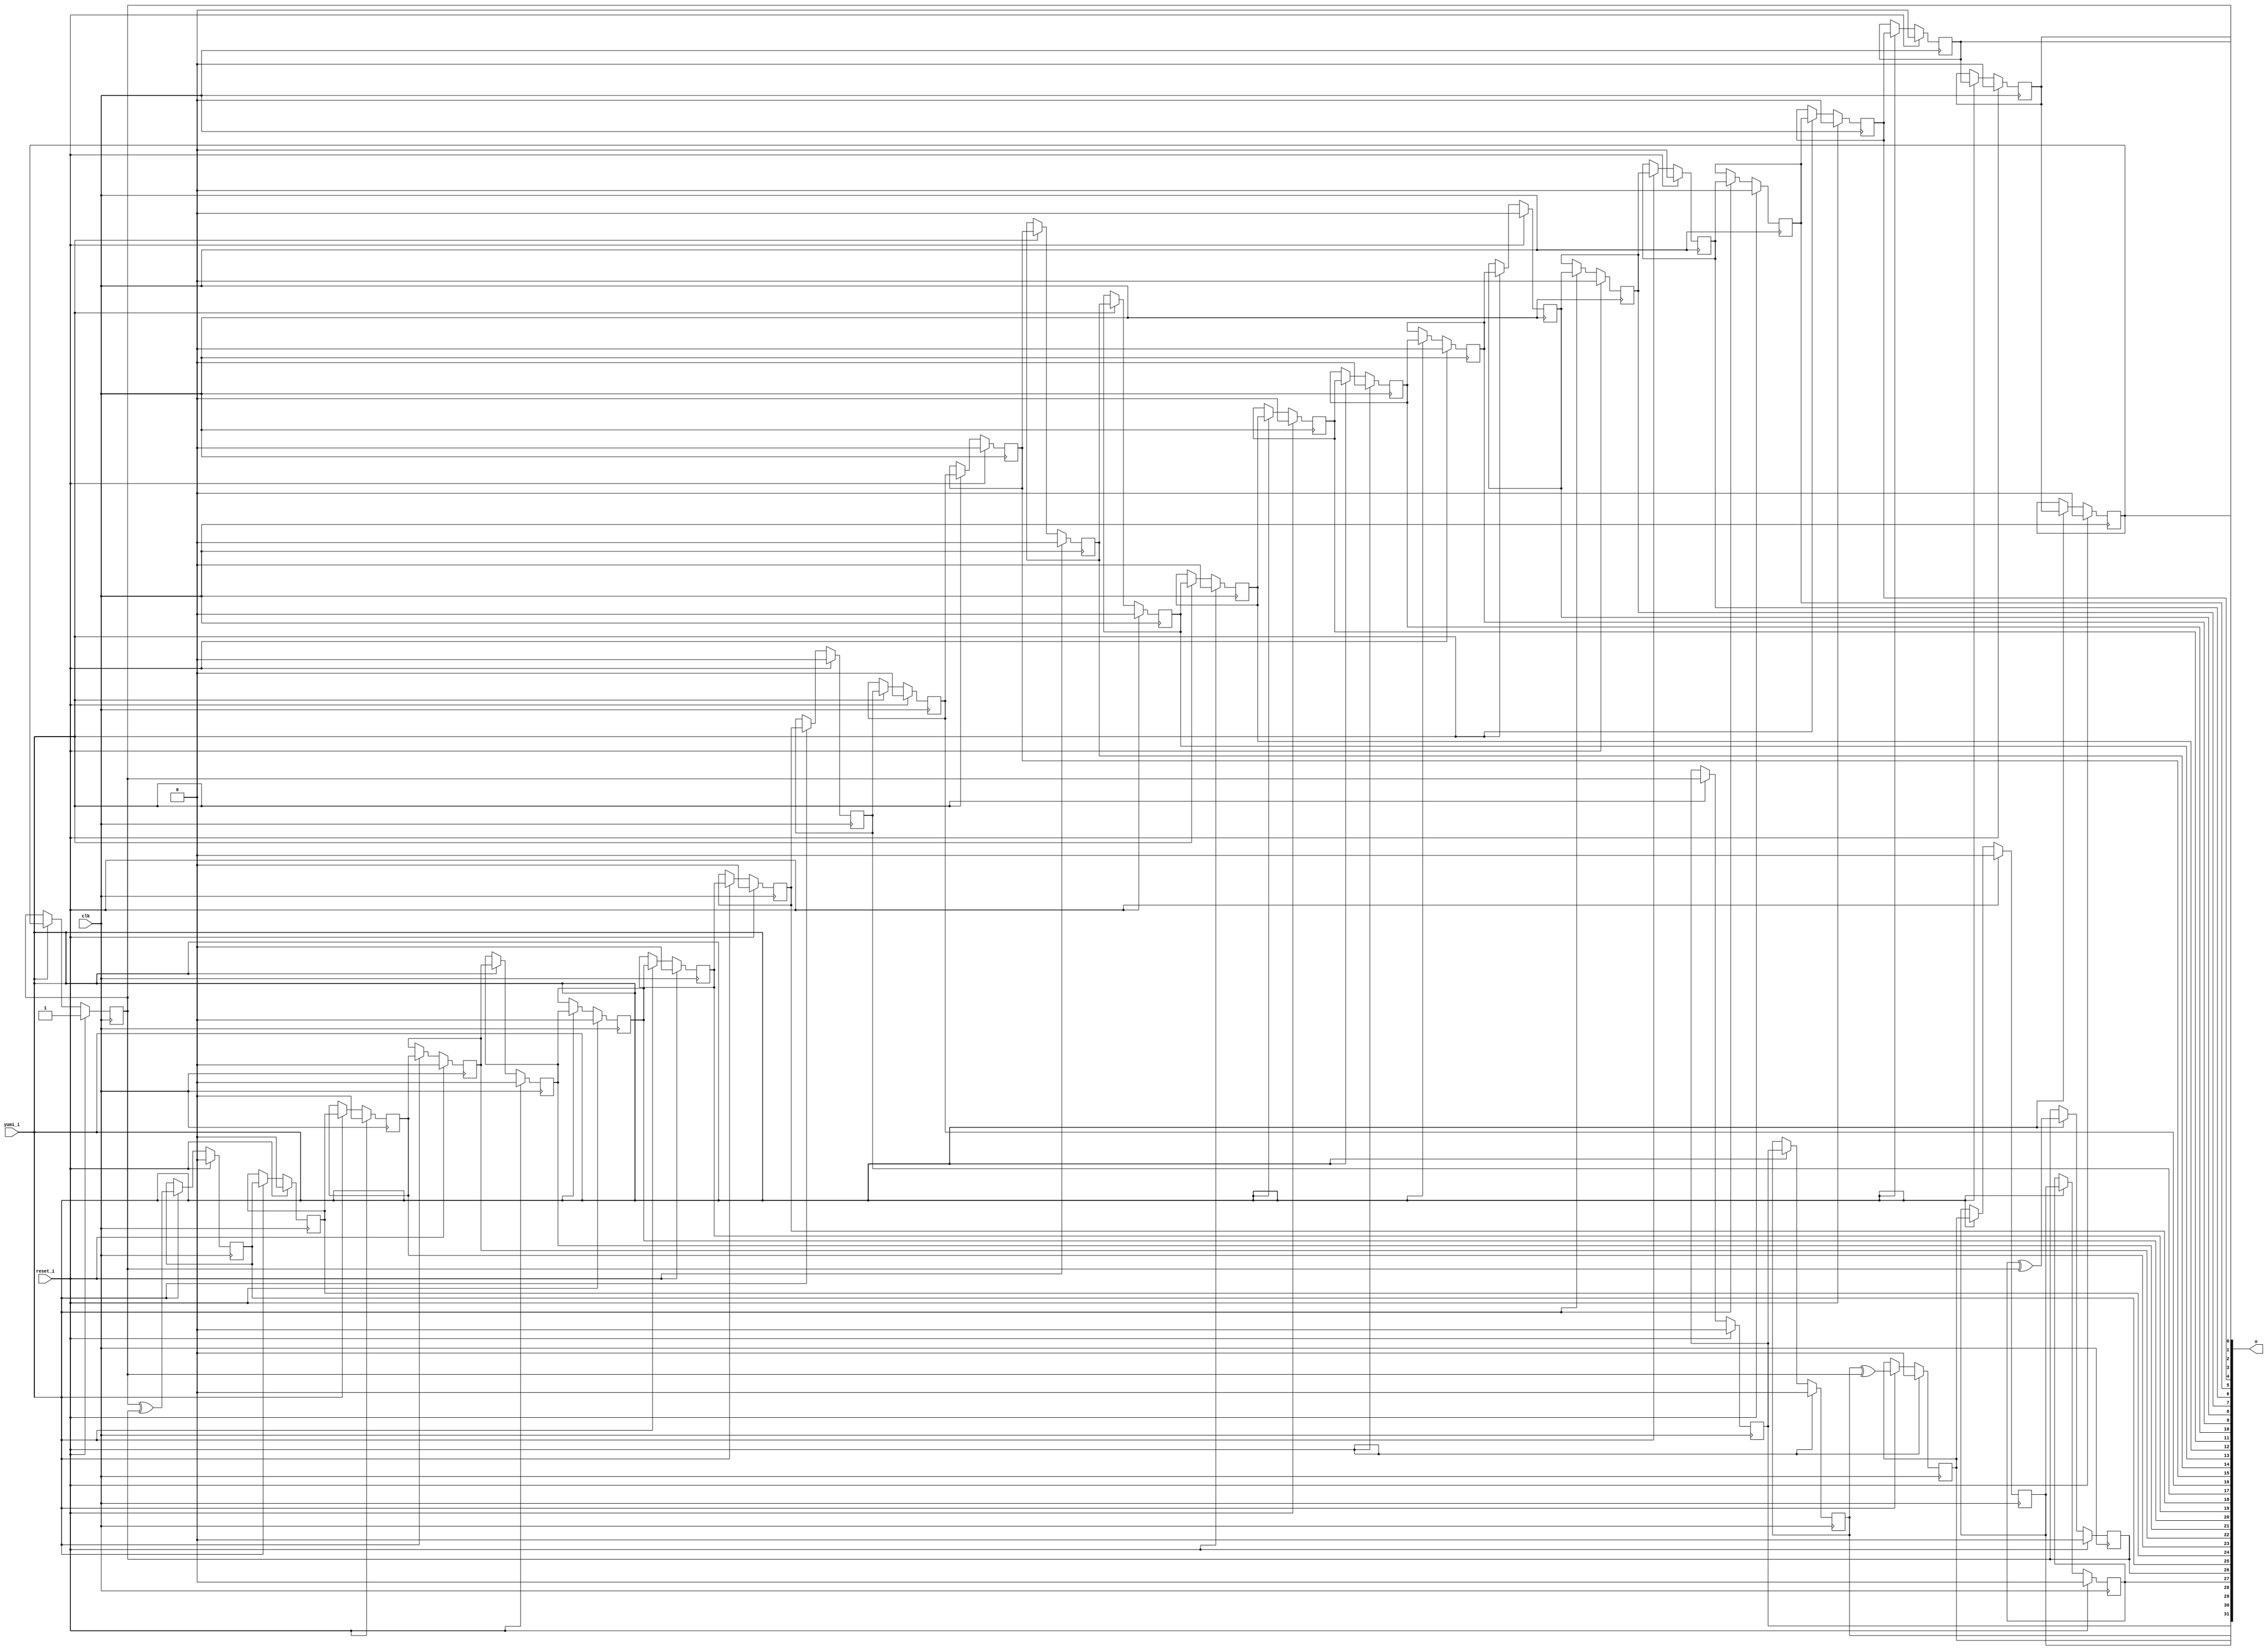
/* Generated by Yosys 0.27+9 (git sha1 101d19bb6, gcc 11.2.0-7ubuntu2 -fPIC -Os) */

(* top =  1  *)

module bsg_lfsr(clk, reset_i, yumi_i, o);
  
  input clk;
  wire clk;
  
  output [31:0] o;
  wire [31:0] o;
  
  wire [31:0] o_n;
  
  reg [31:0] o_r;
  
  input reset_i;
  wire reset_i;
  
  wire [31:0] xor_mask;
  
  input yumi_i;
  wire yumi_i;
  assign o_n[25] = o_r[0] ^ o_r[26];
  assign o_n[26] = o_r[27] ^ o_r[0];
  assign o_n[29] = o_r[30] ^ o_r[0];
  
  always @(posedge clk)
    if (reset_i) o_r[4] <= 1'h0;
    else if (yumi_i) o_r[4] <= o_r[5];
  
  always @(posedge clk)
    if (reset_i) o_r[5] <= 1'h0;
    else if (yumi_i) o_r[5] <= o_r[6];
  
  always @(posedge clk)
    if (reset_i) o_r[6] <= 1'h0;
    else if (yumi_i) o_r[6] <= o_r[7];
  
  always @(posedge clk)
    if (reset_i) o_r[7] <= 1'h0;
    else if (yumi_i) o_r[7] <= o_r[8];
  
  always @(posedge clk)
    if (reset_i) o_r[8] <= 1'h0;
    else if (yumi_i) o_r[8] <= o_r[9];
  
  always @(posedge clk)
    if (reset_i) o_r[9] <= 1'h0;
    else if (yumi_i) o_r[9] <= o_r[10];
  
  always @(posedge clk)
    if (reset_i) o_r[10] <= 1'h0;
    else if (yumi_i) o_r[10] <= o_r[11];
  
  always @(posedge clk)
    if (reset_i) o_r[11] <= 1'h0;
    else if (yumi_i) o_r[11] <= o_r[12];
  
  always @(posedge clk)
    if (reset_i) o_r[12] <= 1'h0;
    else if (yumi_i) o_r[12] <= o_r[13];
  
  always @(posedge clk)
    if (reset_i) o_r[13] <= 1'h0;
    else if (yumi_i) o_r[13] <= o_r[14];
  
  always @(posedge clk)
    if (reset_i) o_r[14] <= 1'h0;
    else if (yumi_i) o_r[14] <= o_r[15];
  
  always @(posedge clk)
    if (reset_i) o_r[15] <= 1'h0;
    else if (yumi_i) o_r[15] <= o_r[16];
  
  always @(posedge clk)
    if (reset_i) o_r[16] <= 1'h0;
    else if (yumi_i) o_r[16] <= o_r[17];
  
  always @(posedge clk)
    if (reset_i) o_r[17] <= 1'h0;
    else if (yumi_i) o_r[17] <= o_r[18];
  
  always @(posedge clk)
    if (reset_i) o_r[18] <= 1'h0;
    else if (yumi_i) o_r[18] <= o_r[19];
  
  always @(posedge clk)
    if (reset_i) o_r[19] <= 1'h0;
    else if (yumi_i) o_r[19] <= o_r[20];
  
  always @(posedge clk)
    if (reset_i) o_r[20] <= 1'h0;
    else if (yumi_i) o_r[20] <= o_r[21];
  
  always @(posedge clk)
    if (reset_i) o_r[21] <= 1'h0;
    else if (yumi_i) o_r[21] <= o_r[22];
  
  always @(posedge clk)
    if (reset_i) o_r[22] <= 1'h0;
    else if (yumi_i) o_r[22] <= o_r[23];
  
  always @(posedge clk)
    if (reset_i) o_r[23] <= 1'h0;
    else if (yumi_i) o_r[23] <= o_r[24];
  
  always @(posedge clk)
    if (reset_i) o_r[24] <= 1'h0;
    else if (yumi_i) o_r[24] <= o_r[25];
  
  always @(posedge clk)
    if (reset_i) o_r[25] <= 1'h0;
    else if (yumi_i) o_r[25] <= o_n[25];
  
  always @(posedge clk)
    if (reset_i) o_r[26] <= 1'h0;
    else if (yumi_i) o_r[26] <= o_n[26];
  
  always @(posedge clk)
    if (reset_i) o_r[27] <= 1'h0;
    else if (yumi_i) o_r[27] <= o_r[28];
  
  always @(posedge clk)
    if (reset_i) o_r[28] <= 1'h0;
    else if (yumi_i) o_r[28] <= o_r[29];
  
  always @(posedge clk)
    if (reset_i) o_r[29] <= 1'h0;
    else if (yumi_i) o_r[29] <= o_n[29];
  
  always @(posedge clk)
    if (reset_i) o_r[30] <= 1'h0;
    else if (yumi_i) o_r[30] <= o_r[31];
  
  always @(posedge clk)
    if (reset_i) o_r[31] <= 1'h0;
    else if (yumi_i) o_r[31] <= o_r[0];
  
  always @(posedge clk)
    if (reset_i) o_r[0] <= 1'h1;
    else if (yumi_i) o_r[0] <= o_r[1];
  
  always @(posedge clk)
    if (reset_i) o_r[1] <= 1'h0;
    else if (yumi_i) o_r[1] <= o_r[2];
  
  always @(posedge clk)
    if (reset_i) o_r[2] <= 1'h0;
    else if (yumi_i) o_r[2] <= o_r[3];
  
  always @(posedge clk)
    if (reset_i) o_r[3] <= 1'h0;
    else if (yumi_i) o_r[3] <= o_r[4];
  assign o = o_r;
  assign { o_n[31:30], o_n[28:27], o_n[24:0] } = { o_r[0], o_r[31], o_r[29:28], o_r[25:1] };
  assign xor_mask = 32'd2785017856;
endmodule